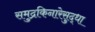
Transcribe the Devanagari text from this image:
समुद्रकिनारेसुद्धा